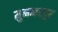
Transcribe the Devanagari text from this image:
मुनब्बरपुर